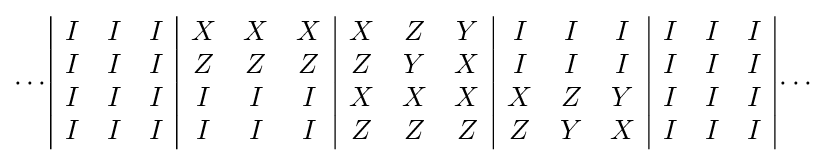
\cdots {\begin{array}{|ccc|ccc|ccc|ccc|ccc|}I&I&I&X&X&X&X&Z&Y&I&I&I&I&I&I\\I&I&I&Z&Z&Z&Z&Y&X&I&I&I&I&I&I\\I&I&I&I&I&I&X&X&X&X&Z&Y&I&I&I\\I&I&I&I&I&I&Z&Z&Z&Z&Y&X&I&I&I\\\end{array}}\cdots